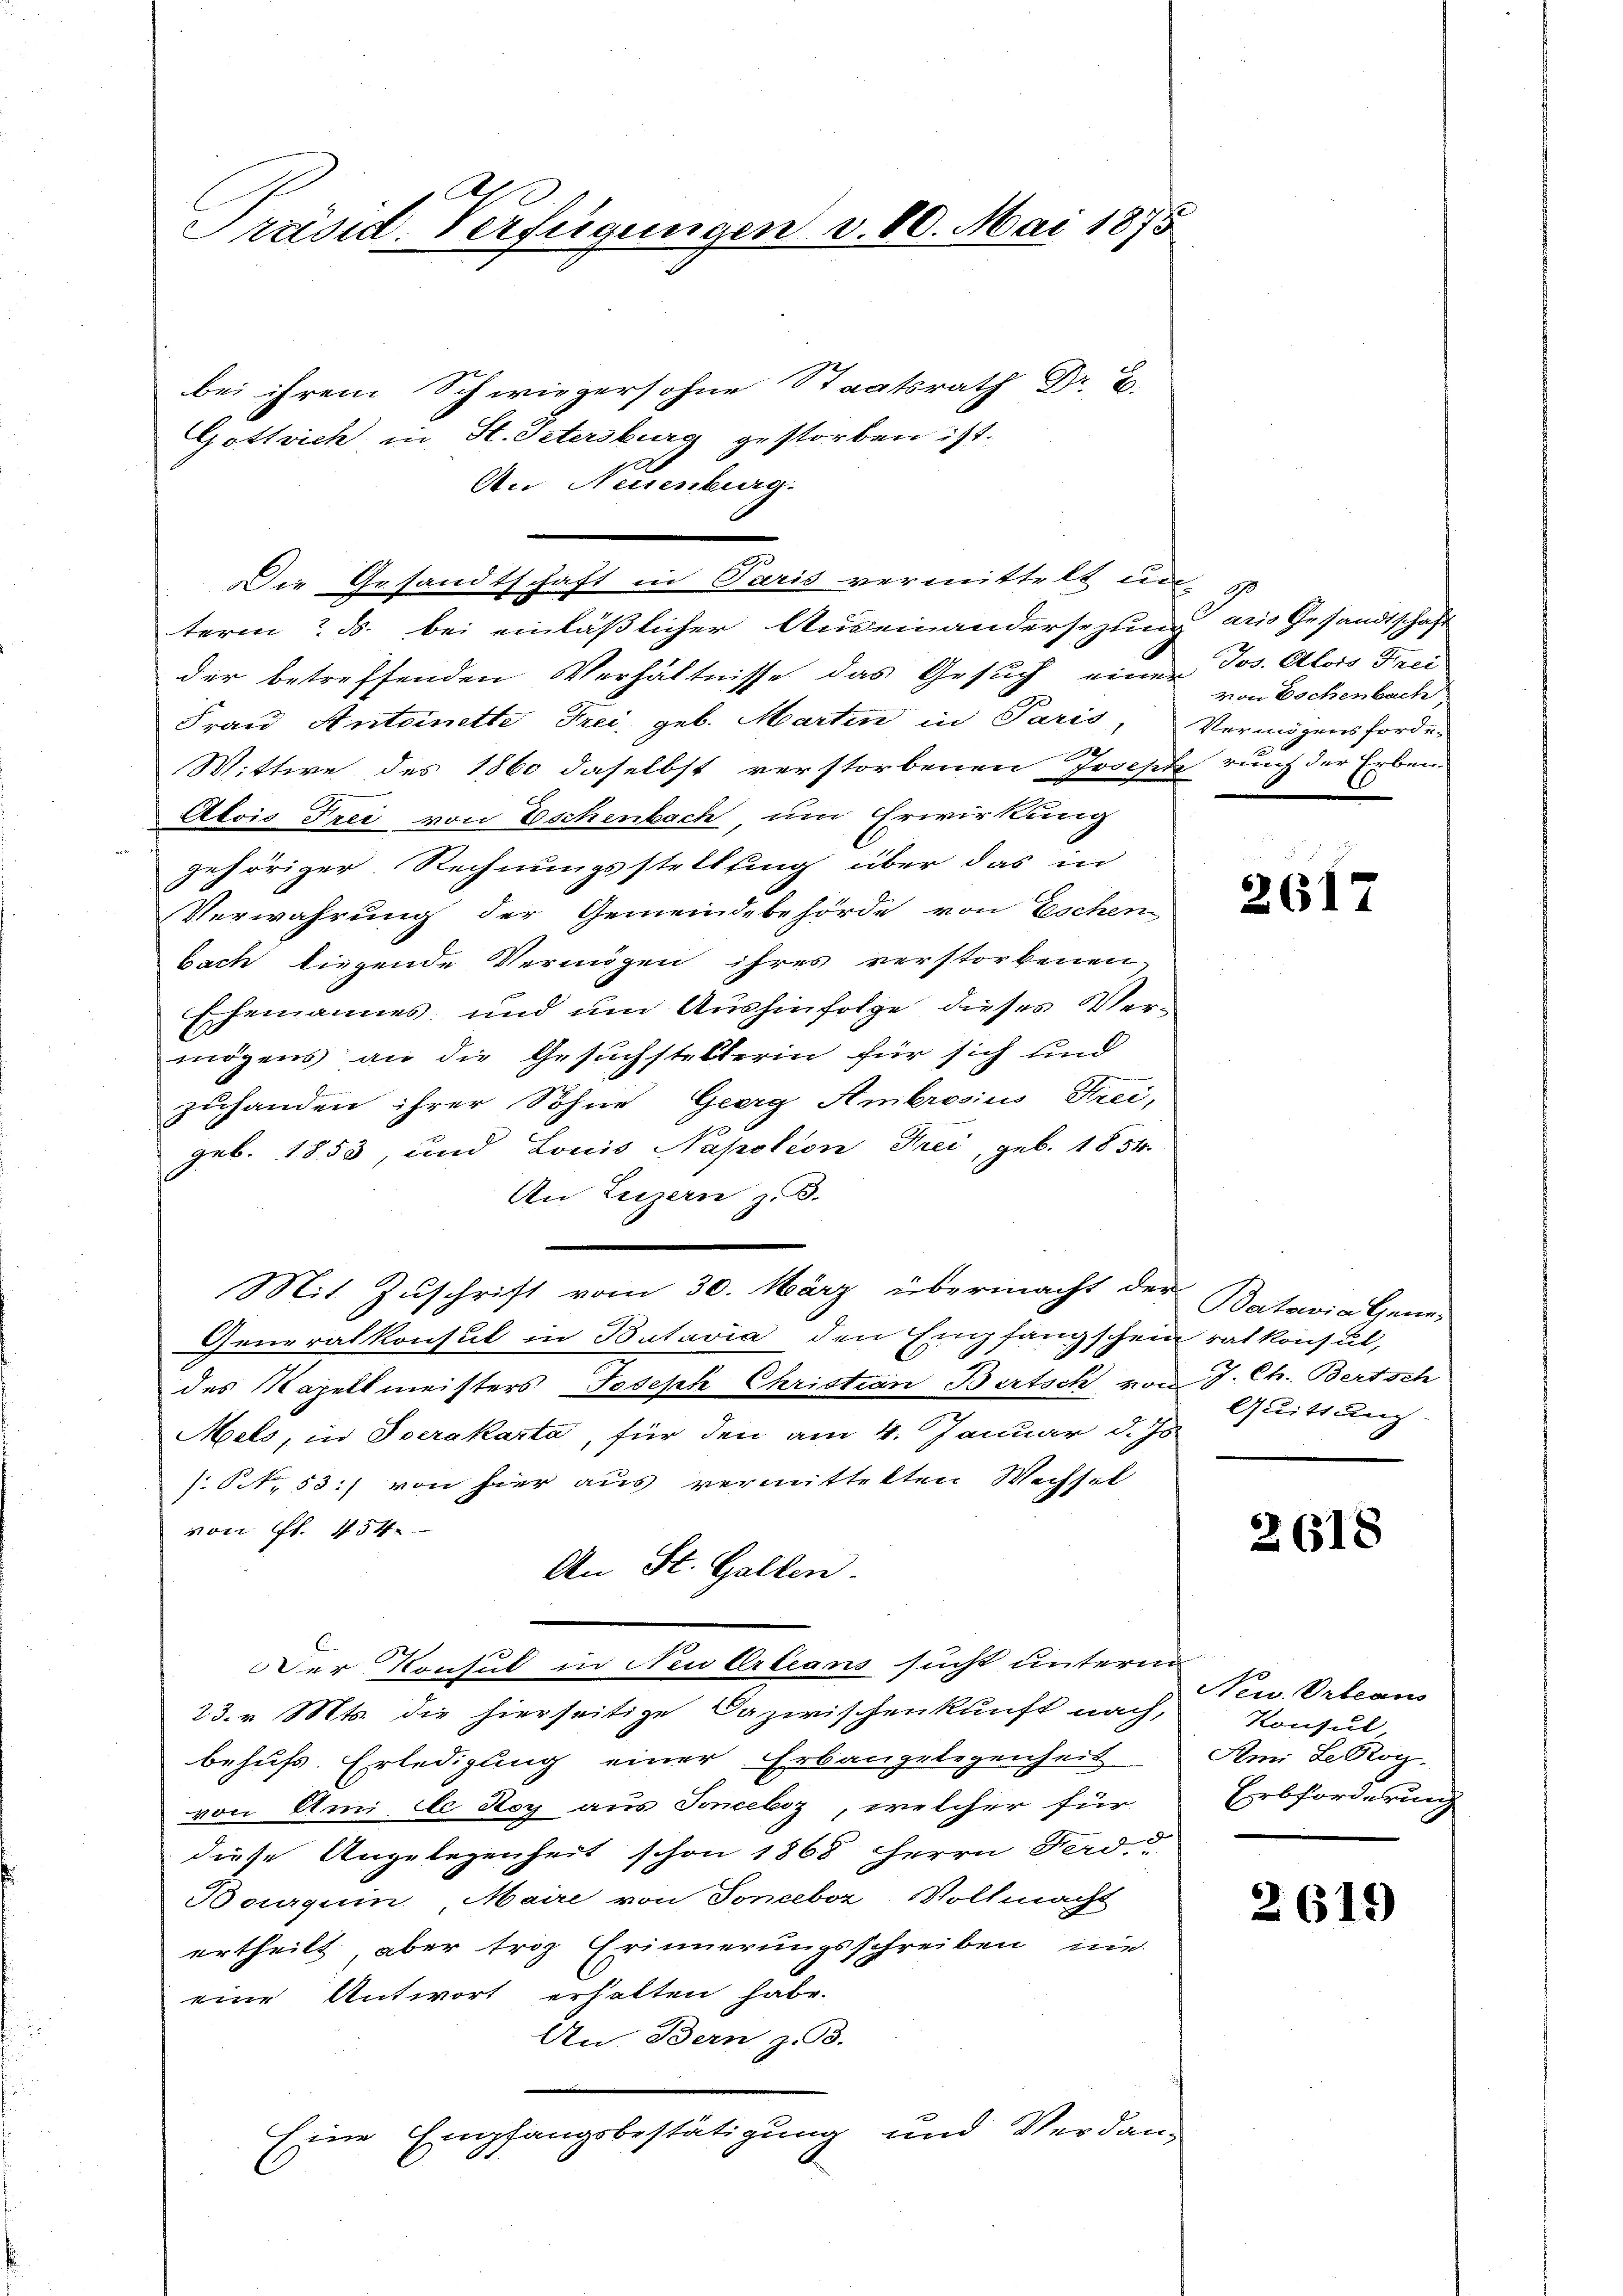
Präsid. Verfügungen v. 20. Mai 1875

bei ihrem Schwiegersohne Staatsrath Dr.
Gottsich in St. Petersburg gestorben ist.
1
An Neuenburg.
term? ds. bei einläßlicher Auseinandersezung aus Gesandtschaft
der betreffenden Verhältnisse das Gesuch einer Jos. Alois Frei
Frau Antoinette Frei, geb. Martin in Paris,
Wittwe des 1860 daselbst verstorbenen Josepte auch der Erben.
Alois Frei von Eschenbach, um Erwirkung
gehöriger Rechnungsstellling über das in
Verwahrung der Gemeindebehörde von Eschen
bach liegende Vermögen ihres verstorbenen
Ehemannes und um Aushinfolge dieses Vermögens an die Gesuchstellerin für sich und
zuhanden ihrer Sohne Georg Ambrosius Frei,
geb. 1853, und Louis Napoleon Frei, geb. 1834.
An Luzern z. B.
Mit Zuschrift vom 30. März übermacht der
Generalkonsul in Batavia den Empfangschein rat konsul,
des Kapellmeisters Joseph Christian Bertsch von J. Ch. Bertsch
Mels, in Socrakarta, für den am 4. Januar d. Js.
NNo. 53:) von hier aus vermittelten Wechsel
von fl. 454.
An St. Gallen.
DDer Konsul in Neuberleans sucht unterm
23. v. Mts. die hierseitige Dazwischenkunft nach,
behufs Erledigung einer Erbaugelegenheit
von Amiete Roy aus Joneeliz, welcher für
diese Angelegenheit schon 1868 Herrn Ferd.
Bourquin, Maire von Soneeber, Vollmacht
ertheilt, aber troz Erinnerungsschreiben nie
eine Antwort erhalten habe.
An. Bern z. 93.
Eine Empfangsbestätigung und Verdan-

Die Gesandtschaft in Paris vermittelt und

von Dochenbach
Vermögensforde-
d
e

2617

Patowia Gene¬
Quittung

2618

New. Orleans
Konsul
Ami Le Droy
Erbforderung

2619